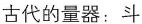
古代的量器：斗